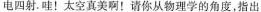
电四射。哇！太空真美啊！请你从物理学的角度，指出